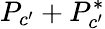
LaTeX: P_{c^{\prime}}+P_{c^{\prime}}^{*}